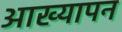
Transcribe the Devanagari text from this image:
आख्यापन